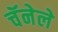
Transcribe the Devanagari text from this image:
चॅनेले